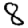
Digit: 8